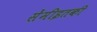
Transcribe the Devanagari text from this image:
सेंमीइतकी